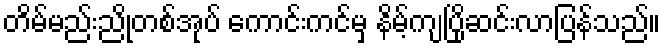
တိမ်မည်းညိုတစ်အုပ် ကောင်းကင်မှ နိမ့်ကျပြိုဆင်းလာပြန်သည်။